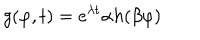
LaTeX: g ( \varphi , t ) = e ^ { \lambda t } \alpha h ( \beta \varphi )